Calcutta medical institutions reports 1892-1900
Year: 1892
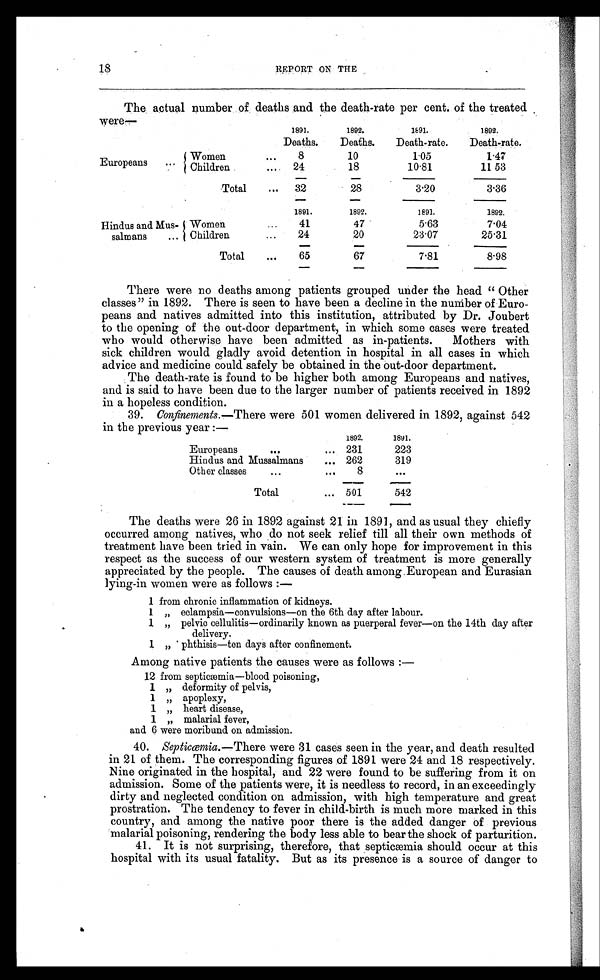
18
REPORT ON THE
The actual number of deaths and the death-rate per cent. of the treated
were—
1891.
1892.
1 8 9 1 .
1892.
Deaths. Deaths. Death-rate. Death-rate.
Europeans
Women
. . . 8
10
1.05
1.47
... Children
... 24
18
10.81
11.53
Total ... 32
28
3.20
3.36
1891.
1892.
1891.
1892.
Hindus and Mus- Women
... 41
47
5.63
7.04
salmans ... Children
. . . 24
20
23.07
25.31
Total
. . . 65
67
7.81
8.98
There were no deaths among patients grouped under the head "Other
classes" in 1892. There is seen to have been a decline in the number of Euro-
peans and natives admitted into this institution, attributed by Dr. Joubert
to the opening of the out-door department, in which some cases were treated
who would otherwise have been admitted as in-patients. Mothers with
sick children would gladly avoid detention in hospital in all cases in which
advice and medicine could safely be obtained in the out-door department.
The death-rate is found to be higher both among Europeans and natives,
and is said to have been due to the larger number of patients received in 1892
in a hopeless condition.
39. Confinements. —There were 501 women delivered in 1892, against 542
in the previous year:—
1892.
1891.
Europeans
. . .
... 231
223
Hindus and Mussalmans ... 262
319
Other classes
...
... 8
...
Total
... 501
542
The deaths were 26 in 1892 against 21 in 1891, and as usual they chiefly
occurred among natives, who do not seek relief till all their own methods of
treatment have been tried in vain. We can only hope for improvement in this
respect as the success of our western system of treatment is more generally
appreciated by the people. The causes of death among European and Eurasian
lying-in women were as follows:
—
1 from chronic inflammation of kidneys.
1 „ eclampsia—convulsions—on the 6th day after labour.
1 „ pelvic cellulitis—ordinarily known as puerperal fever—on the 14th day after
delivery.
1 „ phthisis—ten days after confinement.
Among native patients the causes were as follows:
—
12 from septicæmia—blood poisoning,
1 „ deformity of pelvis,
1 „ apoplexy,
1 „ heart disease,
1 „ malarial fever,
and 6 were moribund on admission.
40. Septicæmia. —There were 31 cases seen in the year, and death resulted
in 21 of them. The corresponding figures of 1891 were 24 and 18 respectively.
Nine originated in the hospital, and 22 were found to be suffering from it on
admission. Some of the patients were, it is needless to record, in an exceedingly
dirty and neglected condition on admission, with high temperature and great
prostration. The tendency to fever in child-birth is much more marked in this
country, and among the native poor there is the added danger of previous
malarial poisoning, rendering the body less able to bear the shock of parturition.
41. It is not surprising, therefore, that septicæmia should occur at this
hospital with its usual fatality. But as its presence is a source of danger to